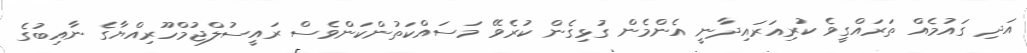
އަދި ގައުމެއް ތަރައްގީވެ ކުރިއަރައިދާނީ އެންމެން ގުޅިގެން ކުރެވޭ މަސައްކަތުންކަންވެސް ރައީސުލްޖުމްހޫރިއްޔާގެ ނާއިބުގެ